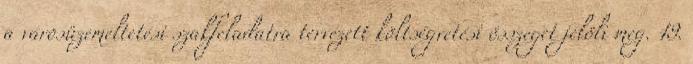
a városüzemeltetési szakfeladatra tervezett költségvetési összeget jelöli meg. 19.